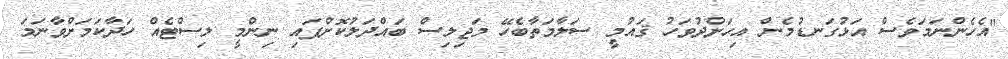
"އެހެންނަމަވެސް އަޅުގަނޑުމެން އިހަށްދުވަހު ޤައުމީ ސަލާމަތާބެހޭ މަޖިލިސް ބައްދަލުކޮށްފައި ނިންމީ ލިސްޓެއް ހަދާކަމަށްވާނަމަ